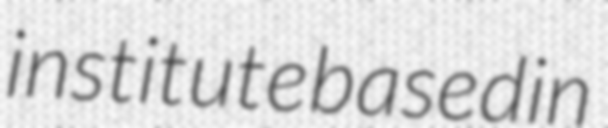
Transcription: institute based in